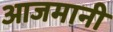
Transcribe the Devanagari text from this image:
आजमानी